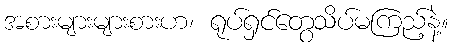
အစားများများစားဟ၊ ရုပ်ရှင်တွေသိပ်မကြည့်နဲ့။